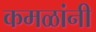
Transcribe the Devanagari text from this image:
कमळांनी